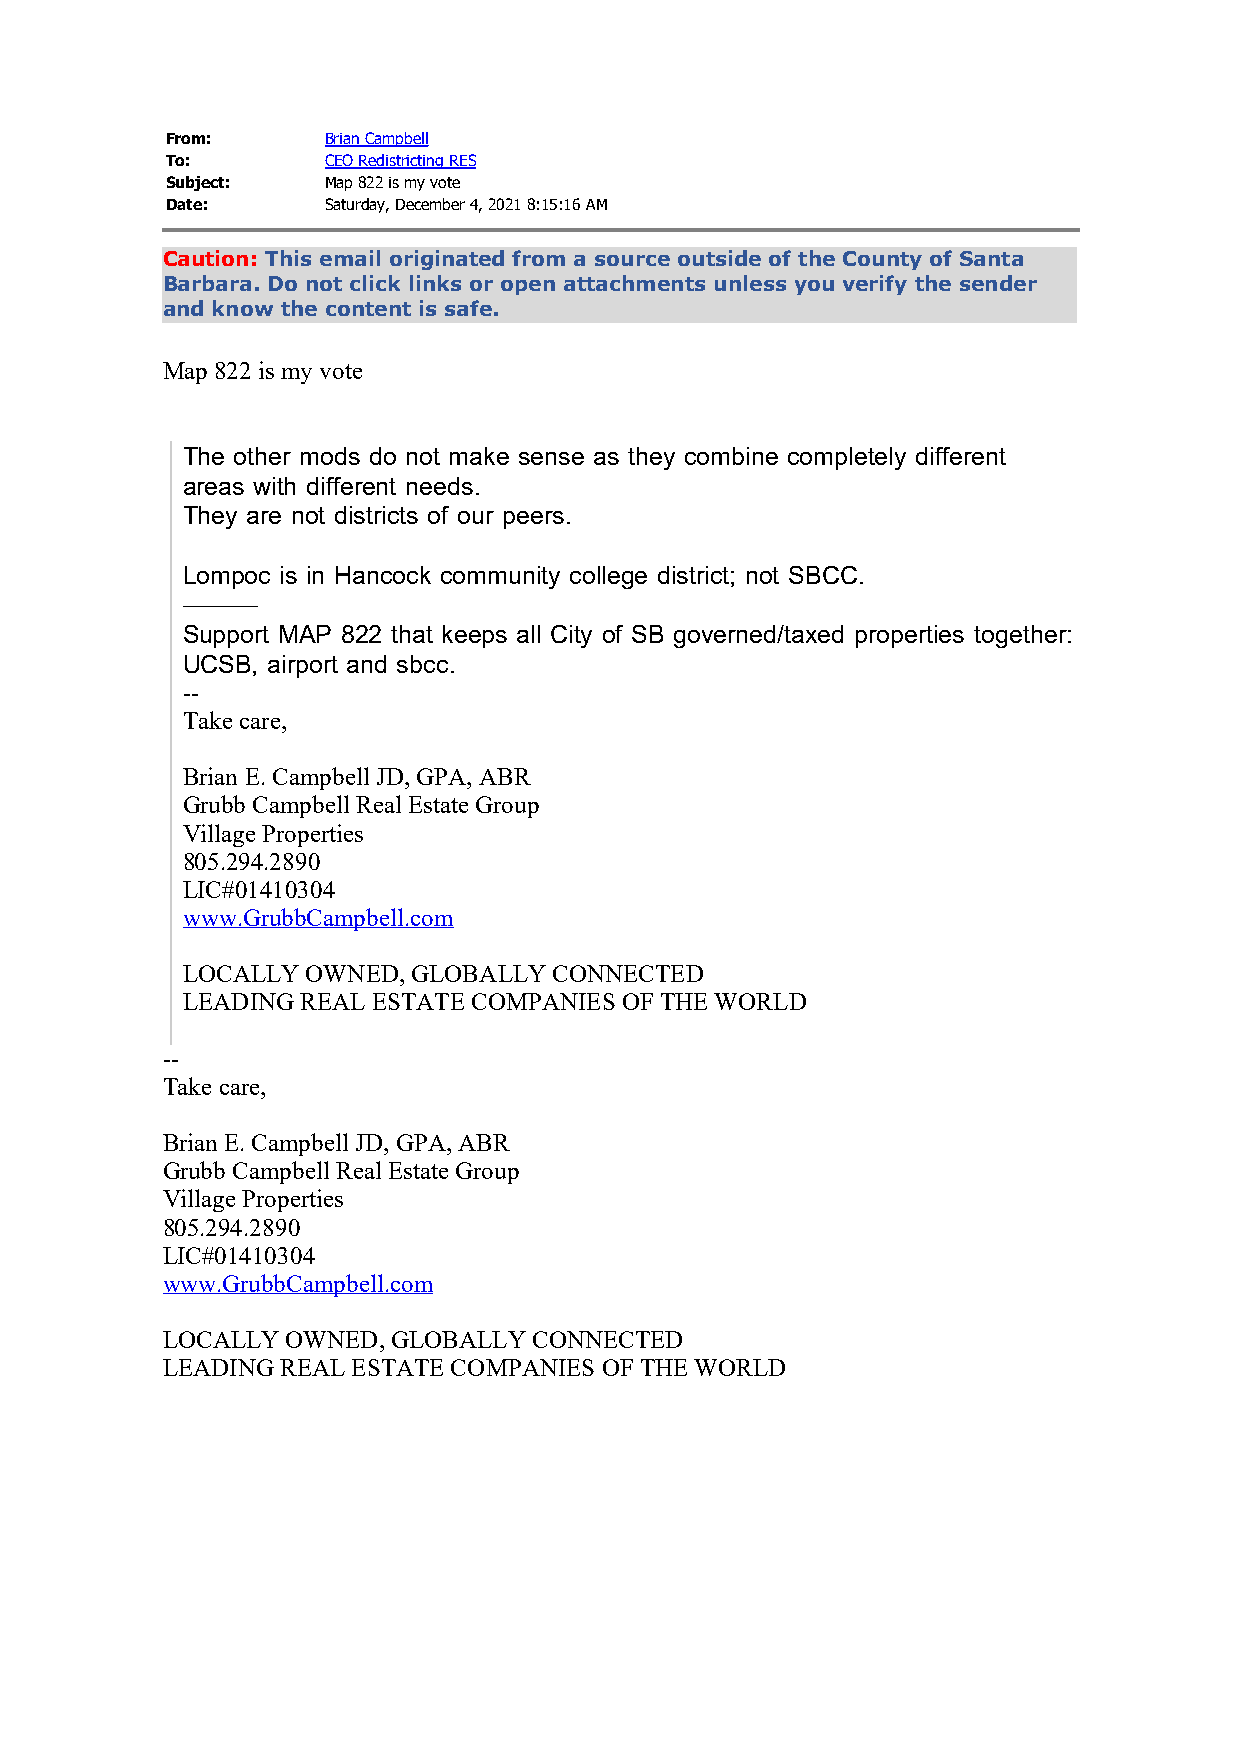
From:      Brian Campbell
 To:        CEO Redistricting RES
 Subject:   Map 822 is my vote
 Date:      Saturday, December 4, 2021 8:15:16 AM
 Caution: This email originated from a source outside of the County of Santa
 Barbara. Do not click links or open attachments unless you verify the sender
 and know the content is safe.
 Map 822 is my vote
 The other mods do not make sense as they combine completely different
 areas with different needs.
 They are not districts of our peers.
 Lompoc is in Hancock community college district; not SBCC.
 ———
 Support MAP 822 that keeps all City of SB governed/taxed properties together:
 UCSB, airport and sbcc.
 --
 Take care,
 Brian E. Campbell JD, GPA, ABR
 Grubb Campbell Real Estate Group
 Village Properties
 805.294.2890
 LIC#01410304
 www.GrubbCampbell.com
 LOCALLY OWNED, GLOBALLY  CONNECTED
 LEADING REAL ESTATE COMPANIES OF THE WORLD
 --
 Take care,
 Brian E. Campbell JD, GPA, ABR
 Grubb Campbell Real Estate Group
 Village Properties
 805.294.2890
 LIC#01410304
 www.GrubbCampbell.com
 LOCALLY OWNED, GLOBALLY CONNECTED
 LEADING REAL ESTATE COMPANIES OF THE WORLD